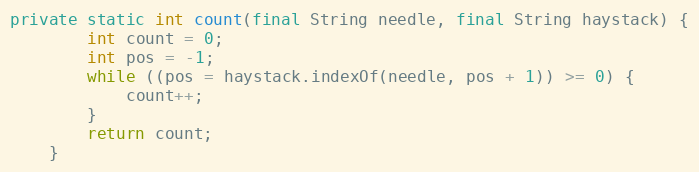
Language: Java
private static int count(final String needle, final String haystack) {
        int count = 0;
        int pos = -1;
        while ((pos = haystack.indexOf(needle, pos + 1)) >= 0) {
            count++;
        }
        return count;
    }